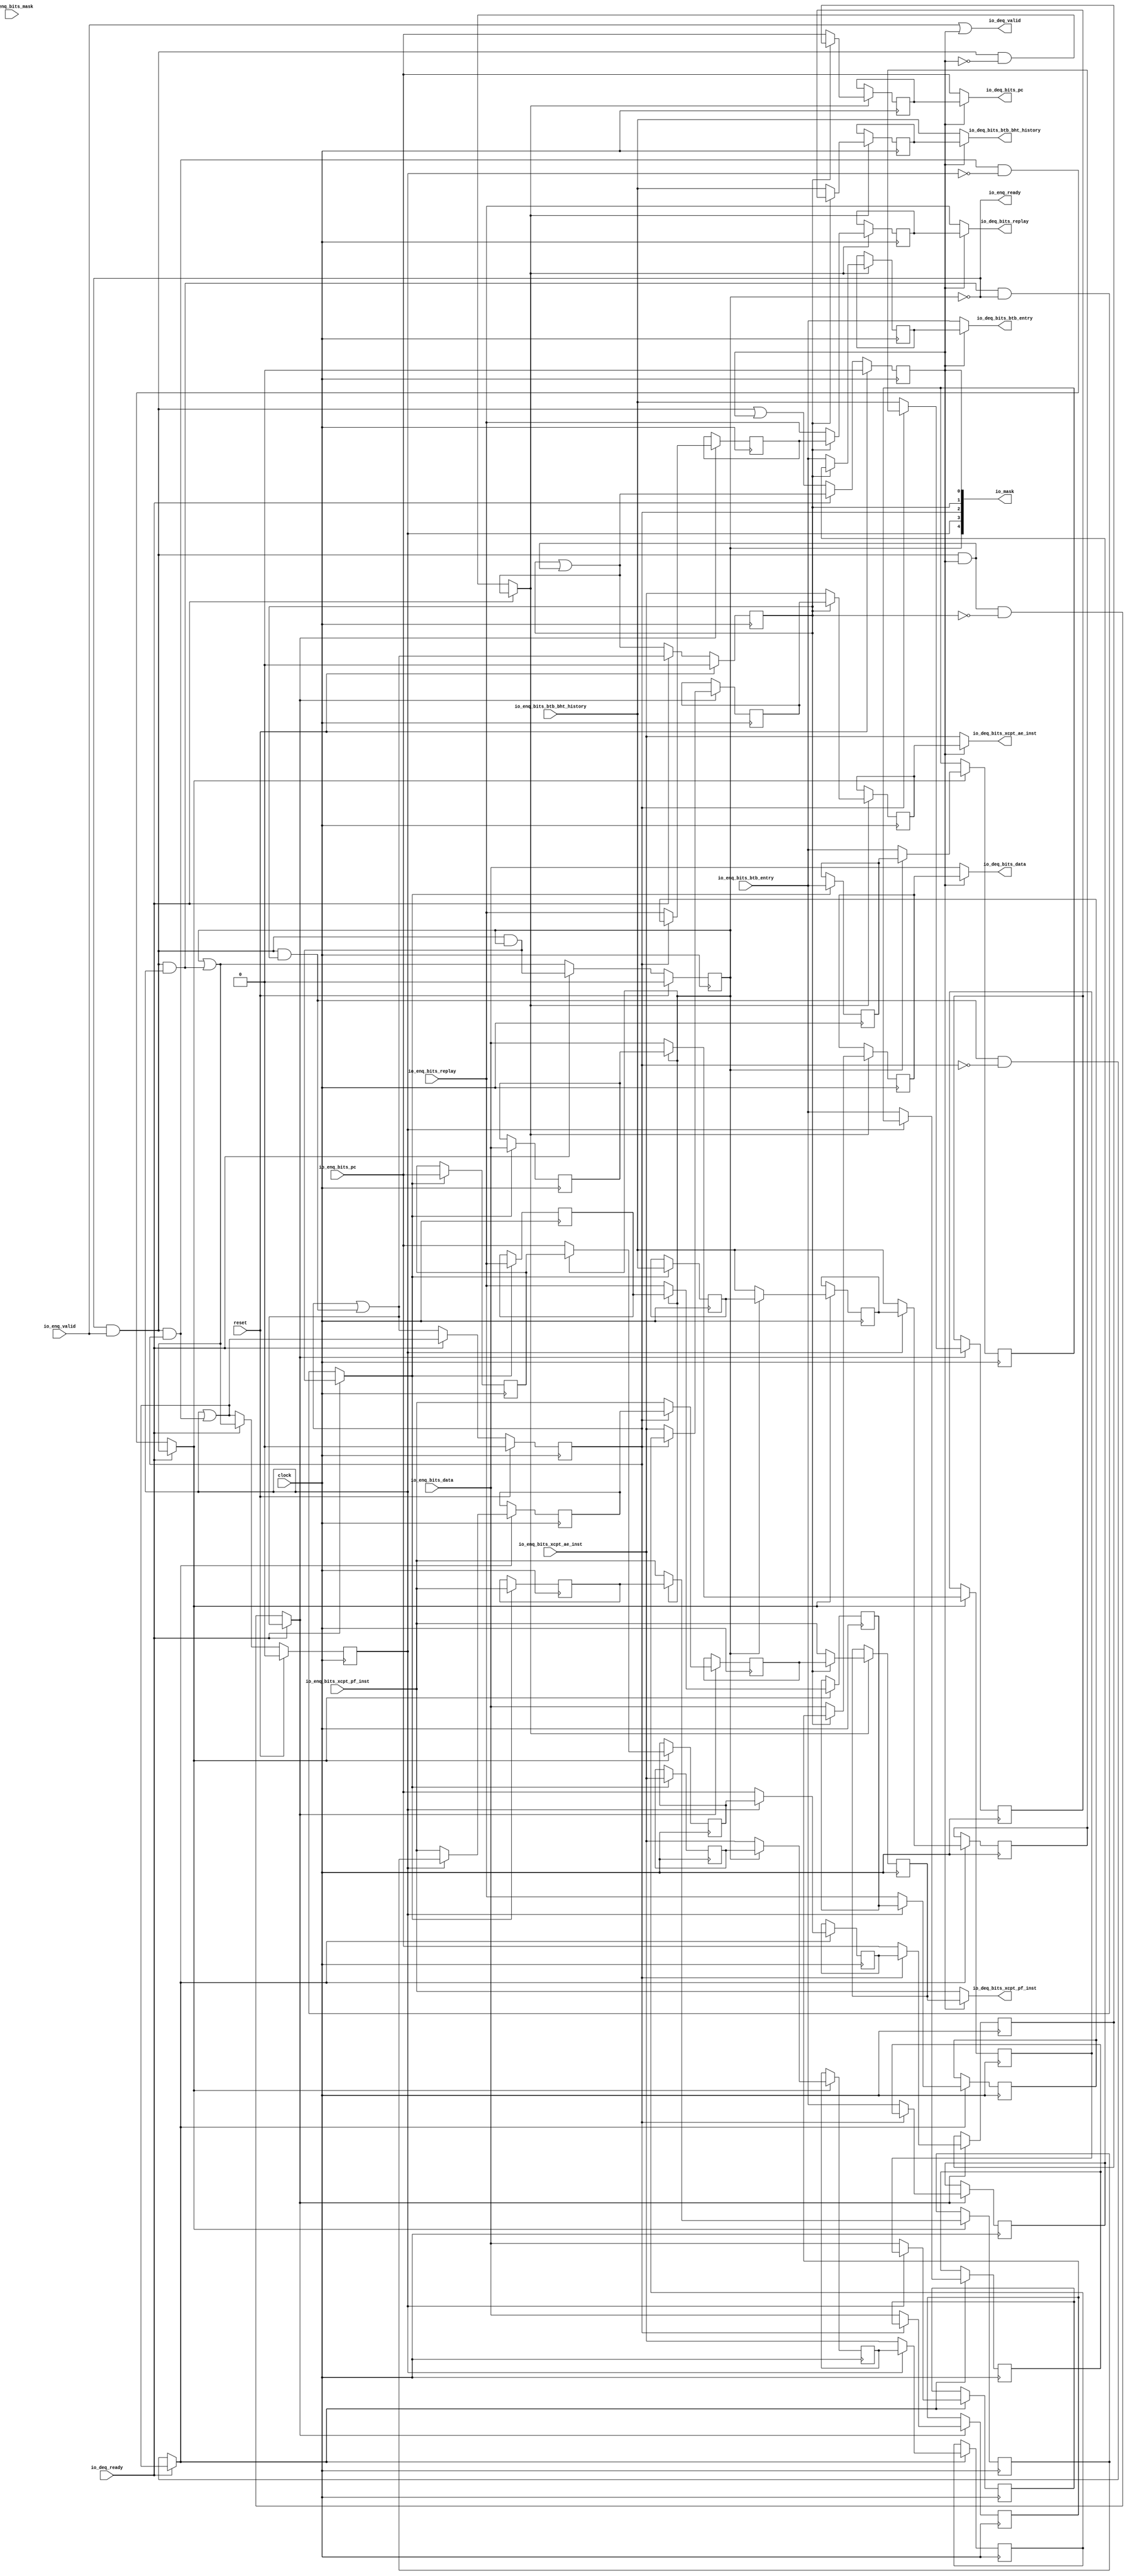
module ShiftQueue( // @[:freechips.rocketchip.system.DefaultRV32Config.fir@196892.2]
  input         clock, // @[:freechips.rocketchip.system.DefaultRV32Config.fir@196893.4]
  input         reset, // @[:freechips.rocketchip.system.DefaultRV32Config.fir@196894.4]
  output        io_enq_ready, // @[:freechips.rocketchip.system.DefaultRV32Config.fir@196895.4]
  input         io_enq_valid, // @[:freechips.rocketchip.system.DefaultRV32Config.fir@196895.4]
  input  [4:0]  io_enq_bits_btb_entry, // @[:freechips.rocketchip.system.DefaultRV32Config.fir@196895.4]
  input  [7:0]  io_enq_bits_btb_bht_history, // @[:freechips.rocketchip.system.DefaultRV32Config.fir@196895.4]
  input  [31:0] io_enq_bits_pc, // @[:freechips.rocketchip.system.DefaultRV32Config.fir@196895.4]
  input  [31:0] io_enq_bits_data, // @[:freechips.rocketchip.system.DefaultRV32Config.fir@196895.4]
  input         io_enq_bits_mask, // @[:freechips.rocketchip.system.DefaultRV32Config.fir@196895.4]
  input         io_enq_bits_xcpt_pf_inst, // @[:freechips.rocketchip.system.DefaultRV32Config.fir@196895.4]
  input         io_enq_bits_xcpt_ae_inst, // @[:freechips.rocketchip.system.DefaultRV32Config.fir@196895.4]
  input         io_enq_bits_replay, // @[:freechips.rocketchip.system.DefaultRV32Config.fir@196895.4]
  input         io_deq_ready, // @[:freechips.rocketchip.system.DefaultRV32Config.fir@196895.4]
  output        io_deq_valid, // @[:freechips.rocketchip.system.DefaultRV32Config.fir@196895.4]
  output [4:0]  io_deq_bits_btb_entry, // @[:freechips.rocketchip.system.DefaultRV32Config.fir@196895.4]
  output [7:0]  io_deq_bits_btb_bht_history, // @[:freechips.rocketchip.system.DefaultRV32Config.fir@196895.4]
  output [31:0] io_deq_bits_pc, // @[:freechips.rocketchip.system.DefaultRV32Config.fir@196895.4]
  output [31:0] io_deq_bits_data, // @[:freechips.rocketchip.system.DefaultRV32Config.fir@196895.4]
  output        io_deq_bits_xcpt_pf_inst, // @[:freechips.rocketchip.system.DefaultRV32Config.fir@196895.4]
  output        io_deq_bits_xcpt_ae_inst, // @[:freechips.rocketchip.system.DefaultRV32Config.fir@196895.4]
  output        io_deq_bits_replay, // @[:freechips.rocketchip.system.DefaultRV32Config.fir@196895.4]
  output [4:0]  io_mask // @[:freechips.rocketchip.system.DefaultRV32Config.fir@196895.4]
);
`ifdef RANDOMIZE_REG_INIT
  reg [31:0] _RAND_0;
  reg [31:0] _RAND_1;
  reg [31:0] _RAND_2;
  reg [31:0] _RAND_3;
  reg [31:0] _RAND_4;
  reg [31:0] _RAND_5;
  reg [31:0] _RAND_6;
  reg [31:0] _RAND_7;
  reg [31:0] _RAND_8;
  reg [31:0] _RAND_9;
  reg [31:0] _RAND_10;
  reg [31:0] _RAND_11;
  reg [31:0] _RAND_12;
  reg [31:0] _RAND_13;
  reg [31:0] _RAND_14;
  reg [31:0] _RAND_15;
  reg [31:0] _RAND_16;
  reg [31:0] _RAND_17;
  reg [31:0] _RAND_18;
  reg [31:0] _RAND_19;
  reg [31:0] _RAND_20;
  reg [31:0] _RAND_21;
  reg [31:0] _RAND_22;
  reg [31:0] _RAND_23;
  reg [31:0] _RAND_24;
  reg [31:0] _RAND_25;
  reg [31:0] _RAND_26;
  reg [31:0] _RAND_27;
  reg [31:0] _RAND_28;
  reg [31:0] _RAND_29;
  reg [31:0] _RAND_30;
  reg [31:0] _RAND_31;
  reg [31:0] _RAND_32;
  reg [31:0] _RAND_33;
  reg [31:0] _RAND_34;
  reg [31:0] _RAND_35;
  reg [31:0] _RAND_36;
  reg [31:0] _RAND_37;
  reg [31:0] _RAND_38;
  reg [31:0] _RAND_39;
`endif // RANDOMIZE_REG_INIT
  reg  _T_1_0; // @[ShiftQueue.scala 21:30:freechips.rocketchip.system.DefaultRV32Config.fir@196903.4]
  reg  _T_1_1; // @[ShiftQueue.scala 21:30:freechips.rocketchip.system.DefaultRV32Config.fir@196903.4]
  reg  _T_1_2; // @[ShiftQueue.scala 21:30:freechips.rocketchip.system.DefaultRV32Config.fir@196903.4]
  reg  _T_1_3; // @[ShiftQueue.scala 21:30:freechips.rocketchip.system.DefaultRV32Config.fir@196903.4]
  reg  _T_1_4; // @[ShiftQueue.scala 21:30:freechips.rocketchip.system.DefaultRV32Config.fir@196903.4]
  reg [4:0] _T_2_0_btb_entry; // @[ShiftQueue.scala 22:25:freechips.rocketchip.system.DefaultRV32Config.fir@196904.4]
  reg [7:0] _T_2_0_btb_bht_history; // @[ShiftQueue.scala 22:25:freechips.rocketchip.system.DefaultRV32Config.fir@196904.4]
  reg [31:0] _T_2_0_pc; // @[ShiftQueue.scala 22:25:freechips.rocketchip.system.DefaultRV32Config.fir@196904.4]
  reg [31:0] _T_2_0_data; // @[ShiftQueue.scala 22:25:freechips.rocketchip.system.DefaultRV32Config.fir@196904.4]
  reg  _T_2_0_xcpt_pf_inst; // @[ShiftQueue.scala 22:25:freechips.rocketchip.system.DefaultRV32Config.fir@196904.4]
  reg  _T_2_0_xcpt_ae_inst; // @[ShiftQueue.scala 22:25:freechips.rocketchip.system.DefaultRV32Config.fir@196904.4]
  reg  _T_2_0_replay; // @[ShiftQueue.scala 22:25:freechips.rocketchip.system.DefaultRV32Config.fir@196904.4]
  reg [4:0] _T_2_1_btb_entry; // @[ShiftQueue.scala 22:25:freechips.rocketchip.system.DefaultRV32Config.fir@196904.4]
  reg [7:0] _T_2_1_btb_bht_history; // @[ShiftQueue.scala 22:25:freechips.rocketchip.system.DefaultRV32Config.fir@196904.4]
  reg [31:0] _T_2_1_pc; // @[ShiftQueue.scala 22:25:freechips.rocketchip.system.DefaultRV32Config.fir@196904.4]
  reg [31:0] _T_2_1_data; // @[ShiftQueue.scala 22:25:freechips.rocketchip.system.DefaultRV32Config.fir@196904.4]
  reg  _T_2_1_xcpt_pf_inst; // @[ShiftQueue.scala 22:25:freechips.rocketchip.system.DefaultRV32Config.fir@196904.4]
  reg  _T_2_1_xcpt_ae_inst; // @[ShiftQueue.scala 22:25:freechips.rocketchip.system.DefaultRV32Config.fir@196904.4]
  reg  _T_2_1_replay; // @[ShiftQueue.scala 22:25:freechips.rocketchip.system.DefaultRV32Config.fir@196904.4]
  reg [4:0] _T_2_2_btb_entry; // @[ShiftQueue.scala 22:25:freechips.rocketchip.system.DefaultRV32Config.fir@196904.4]
  reg [7:0] _T_2_2_btb_bht_history; // @[ShiftQueue.scala 22:25:freechips.rocketchip.system.DefaultRV32Config.fir@196904.4]
  reg [31:0] _T_2_2_pc; // @[ShiftQueue.scala 22:25:freechips.rocketchip.system.DefaultRV32Config.fir@196904.4]
  reg [31:0] _T_2_2_data; // @[ShiftQueue.scala 22:25:freechips.rocketchip.system.DefaultRV32Config.fir@196904.4]
  reg  _T_2_2_xcpt_pf_inst; // @[ShiftQueue.scala 22:25:freechips.rocketchip.system.DefaultRV32Config.fir@196904.4]
  reg  _T_2_2_xcpt_ae_inst; // @[ShiftQueue.scala 22:25:freechips.rocketchip.system.DefaultRV32Config.fir@196904.4]
  reg  _T_2_2_replay; // @[ShiftQueue.scala 22:25:freechips.rocketchip.system.DefaultRV32Config.fir@196904.4]
  reg [4:0] _T_2_3_btb_entry; // @[ShiftQueue.scala 22:25:freechips.rocketchip.system.DefaultRV32Config.fir@196904.4]
  reg [7:0] _T_2_3_btb_bht_history; // @[ShiftQueue.scala 22:25:freechips.rocketchip.system.DefaultRV32Config.fir@196904.4]
  reg [31:0] _T_2_3_pc; // @[ShiftQueue.scala 22:25:freechips.rocketchip.system.DefaultRV32Config.fir@196904.4]
  reg [31:0] _T_2_3_data; // @[ShiftQueue.scala 22:25:freechips.rocketchip.system.DefaultRV32Config.fir@196904.4]
  reg  _T_2_3_xcpt_pf_inst; // @[ShiftQueue.scala 22:25:freechips.rocketchip.system.DefaultRV32Config.fir@196904.4]
  reg  _T_2_3_xcpt_ae_inst; // @[ShiftQueue.scala 22:25:freechips.rocketchip.system.DefaultRV32Config.fir@196904.4]
  reg  _T_2_3_replay; // @[ShiftQueue.scala 22:25:freechips.rocketchip.system.DefaultRV32Config.fir@196904.4]
  reg [4:0] _T_2_4_btb_entry; // @[ShiftQueue.scala 22:25:freechips.rocketchip.system.DefaultRV32Config.fir@196904.4]
  reg [7:0] _T_2_4_btb_bht_history; // @[ShiftQueue.scala 22:25:freechips.rocketchip.system.DefaultRV32Config.fir@196904.4]
  reg [31:0] _T_2_4_pc; // @[ShiftQueue.scala 22:25:freechips.rocketchip.system.DefaultRV32Config.fir@196904.4]
  reg [31:0] _T_2_4_data; // @[ShiftQueue.scala 22:25:freechips.rocketchip.system.DefaultRV32Config.fir@196904.4]
  reg  _T_2_4_xcpt_pf_inst; // @[ShiftQueue.scala 22:25:freechips.rocketchip.system.DefaultRV32Config.fir@196904.4]
  reg  _T_2_4_xcpt_ae_inst; // @[ShiftQueue.scala 22:25:freechips.rocketchip.system.DefaultRV32Config.fir@196904.4]
  reg  _T_2_4_replay; // @[ShiftQueue.scala 22:25:freechips.rocketchip.system.DefaultRV32Config.fir@196904.4]
  wire  _T_4; // @[Decoupled.scala 40:37:freechips.rocketchip.system.DefaultRV32Config.fir@196906.4]
  wire  _T_6; // @[ShiftQueue.scala 30:45:freechips.rocketchip.system.DefaultRV32Config.fir@196908.4]
  wire  _T_7; // @[ShiftQueue.scala 30:28:freechips.rocketchip.system.DefaultRV32Config.fir@196909.4]
  wire  _T_10; // @[ShiftQueue.scala 31:48:freechips.rocketchip.system.DefaultRV32Config.fir@196912.4]
  wire  _T_11; // @[ShiftQueue.scala 31:45:freechips.rocketchip.system.DefaultRV32Config.fir@196913.4]
  wire  _T_12; // @[ShiftQueue.scala 29:10:freechips.rocketchip.system.DefaultRV32Config.fir@196914.4]
  wire  _T_19; // @[ShiftQueue.scala 37:45:freechips.rocketchip.system.DefaultRV32Config.fir@196937.4]
  wire  _T_24; // @[ShiftQueue.scala 30:45:freechips.rocketchip.system.DefaultRV32Config.fir@196943.4]
  wire  _T_25; // @[ShiftQueue.scala 30:28:freechips.rocketchip.system.DefaultRV32Config.fir@196944.4]
  wire  _T_28; // @[ShiftQueue.scala 31:48:freechips.rocketchip.system.DefaultRV32Config.fir@196947.4]
  wire  _T_29; // @[ShiftQueue.scala 31:45:freechips.rocketchip.system.DefaultRV32Config.fir@196948.4]
  wire  _T_30; // @[ShiftQueue.scala 29:10:freechips.rocketchip.system.DefaultRV32Config.fir@196949.4]
  wire  _T_37; // @[ShiftQueue.scala 37:45:freechips.rocketchip.system.DefaultRV32Config.fir@196972.4]
  wire  _T_42; // @[ShiftQueue.scala 30:45:freechips.rocketchip.system.DefaultRV32Config.fir@196978.4]
  wire  _T_43; // @[ShiftQueue.scala 30:28:freechips.rocketchip.system.DefaultRV32Config.fir@196979.4]
  wire  _T_46; // @[ShiftQueue.scala 31:48:freechips.rocketchip.system.DefaultRV32Config.fir@196982.4]
  wire  _T_47; // @[ShiftQueue.scala 31:45:freechips.rocketchip.system.DefaultRV32Config.fir@196983.4]
  wire  _T_48; // @[ShiftQueue.scala 29:10:freechips.rocketchip.system.DefaultRV32Config.fir@196984.4]
  wire  _T_55; // @[ShiftQueue.scala 37:45:freechips.rocketchip.system.DefaultRV32Config.fir@197007.4]
  wire  _T_60; // @[ShiftQueue.scala 30:45:freechips.rocketchip.system.DefaultRV32Config.fir@197013.4]
  wire  _T_61; // @[ShiftQueue.scala 30:28:freechips.rocketchip.system.DefaultRV32Config.fir@197014.4]
  wire  _T_64; // @[ShiftQueue.scala 31:48:freechips.rocketchip.system.DefaultRV32Config.fir@197017.4]
  wire  _T_65; // @[ShiftQueue.scala 31:45:freechips.rocketchip.system.DefaultRV32Config.fir@197018.4]
  wire  _T_66; // @[ShiftQueue.scala 29:10:freechips.rocketchip.system.DefaultRV32Config.fir@197019.4]
  wire  _T_73; // @[ShiftQueue.scala 37:45:freechips.rocketchip.system.DefaultRV32Config.fir@197042.4]
  wire  _T_77; // @[ShiftQueue.scala 30:45:freechips.rocketchip.system.DefaultRV32Config.fir@197047.4]
  wire  _T_81; // @[ShiftQueue.scala 31:48:freechips.rocketchip.system.DefaultRV32Config.fir@197051.4]
  wire  _T_82; // @[ShiftQueue.scala 31:45:freechips.rocketchip.system.DefaultRV32Config.fir@197052.4]
  wire  _T_83; // @[ShiftQueue.scala 29:10:freechips.rocketchip.system.DefaultRV32Config.fir@197053.4]
  wire  _T_90; // @[ShiftQueue.scala 37:45:freechips.rocketchip.system.DefaultRV32Config.fir@197076.4]
  wire [1:0] _T_94; // @[ShiftQueue.scala 53:20:freechips.rocketchip.system.DefaultRV32Config.fir@197116.4]
  wire [2:0] _T_96; // @[ShiftQueue.scala 53:20:freechips.rocketchip.system.DefaultRV32Config.fir@197118.4]
  assign _T_4 = io_enq_ready & io_enq_valid; // @[Decoupled.scala 40:37:freechips.rocketchip.system.DefaultRV32Config.fir@196906.4]
  assign _T_6 = _T_4 & _T_1_0; // @[ShiftQueue.scala 30:45:freechips.rocketchip.system.DefaultRV32Config.fir@196908.4]
  assign _T_7 = _T_1_1 | _T_6; // @[ShiftQueue.scala 30:28:freechips.rocketchip.system.DefaultRV32Config.fir@196909.4]
  assign _T_10 = ~_T_1_0; // @[ShiftQueue.scala 31:48:freechips.rocketchip.system.DefaultRV32Config.fir@196912.4]
  assign _T_11 = _T_4 & _T_10; // @[ShiftQueue.scala 31:45:freechips.rocketchip.system.DefaultRV32Config.fir@196913.4]
  assign _T_12 = io_deq_ready ? _T_7 : _T_11; // @[ShiftQueue.scala 29:10:freechips.rocketchip.system.DefaultRV32Config.fir@196914.4]
  assign _T_19 = _T_4 | _T_1_0; // @[ShiftQueue.scala 37:45:freechips.rocketchip.system.DefaultRV32Config.fir@196937.4]
  assign _T_24 = _T_4 & _T_1_1; // @[ShiftQueue.scala 30:45:freechips.rocketchip.system.DefaultRV32Config.fir@196943.4]
  assign _T_25 = _T_1_2 | _T_24; // @[ShiftQueue.scala 30:28:freechips.rocketchip.system.DefaultRV32Config.fir@196944.4]
  assign _T_28 = ~_T_1_1; // @[ShiftQueue.scala 31:48:freechips.rocketchip.system.DefaultRV32Config.fir@196947.4]
  assign _T_29 = _T_6 & _T_28; // @[ShiftQueue.scala 31:45:freechips.rocketchip.system.DefaultRV32Config.fir@196948.4]
  assign _T_30 = io_deq_ready ? _T_25 : _T_29; // @[ShiftQueue.scala 29:10:freechips.rocketchip.system.DefaultRV32Config.fir@196949.4]
  assign _T_37 = _T_6 | _T_1_1; // @[ShiftQueue.scala 37:45:freechips.rocketchip.system.DefaultRV32Config.fir@196972.4]
  assign _T_42 = _T_4 & _T_1_2; // @[ShiftQueue.scala 30:45:freechips.rocketchip.system.DefaultRV32Config.fir@196978.4]
  assign _T_43 = _T_1_3 | _T_42; // @[ShiftQueue.scala 30:28:freechips.rocketchip.system.DefaultRV32Config.fir@196979.4]
  assign _T_46 = ~_T_1_2; // @[ShiftQueue.scala 31:48:freechips.rocketchip.system.DefaultRV32Config.fir@196982.4]
  assign _T_47 = _T_24 & _T_46; // @[ShiftQueue.scala 31:45:freechips.rocketchip.system.DefaultRV32Config.fir@196983.4]
  assign _T_48 = io_deq_ready ? _T_43 : _T_47; // @[ShiftQueue.scala 29:10:freechips.rocketchip.system.DefaultRV32Config.fir@196984.4]
  assign _T_55 = _T_24 | _T_1_2; // @[ShiftQueue.scala 37:45:freechips.rocketchip.system.DefaultRV32Config.fir@197007.4]
  assign _T_60 = _T_4 & _T_1_3; // @[ShiftQueue.scala 30:45:freechips.rocketchip.system.DefaultRV32Config.fir@197013.4]
  assign _T_61 = _T_1_4 | _T_60; // @[ShiftQueue.scala 30:28:freechips.rocketchip.system.DefaultRV32Config.fir@197014.4]
  assign _T_64 = ~_T_1_3; // @[ShiftQueue.scala 31:48:freechips.rocketchip.system.DefaultRV32Config.fir@197017.4]
  assign _T_65 = _T_42 & _T_64; // @[ShiftQueue.scala 31:45:freechips.rocketchip.system.DefaultRV32Config.fir@197018.4]
  assign _T_66 = io_deq_ready ? _T_61 : _T_65; // @[ShiftQueue.scala 29:10:freechips.rocketchip.system.DefaultRV32Config.fir@197019.4]
  assign _T_73 = _T_42 | _T_1_3; // @[ShiftQueue.scala 37:45:freechips.rocketchip.system.DefaultRV32Config.fir@197042.4]
  assign _T_77 = _T_4 & _T_1_4; // @[ShiftQueue.scala 30:45:freechips.rocketchip.system.DefaultRV32Config.fir@197047.4]
  assign _T_81 = ~_T_1_4; // @[ShiftQueue.scala 31:48:freechips.rocketchip.system.DefaultRV32Config.fir@197051.4]
  assign _T_82 = _T_60 & _T_81; // @[ShiftQueue.scala 31:45:freechips.rocketchip.system.DefaultRV32Config.fir@197052.4]
  assign _T_83 = io_deq_ready ? _T_77 : _T_82; // @[ShiftQueue.scala 29:10:freechips.rocketchip.system.DefaultRV32Config.fir@197053.4]
  assign _T_90 = _T_60 | _T_1_4; // @[ShiftQueue.scala 37:45:freechips.rocketchip.system.DefaultRV32Config.fir@197076.4]
  assign _T_94 = {_T_1_1,_T_1_0}; // @[ShiftQueue.scala 53:20:freechips.rocketchip.system.DefaultRV32Config.fir@197116.4]
  assign _T_96 = {_T_1_4,_T_1_3,_T_1_2}; // @[ShiftQueue.scala 53:20:freechips.rocketchip.system.DefaultRV32Config.fir@197118.4]
  assign io_enq_ready = ~_T_1_4; // @[ShiftQueue.scala 40:16:freechips.rocketchip.system.DefaultRV32Config.fir@197080.4]
  assign io_deq_valid = io_enq_valid | _T_1_0; // @[ShiftQueue.scala 41:16:freechips.rocketchip.system.DefaultRV32Config.fir@197081.4 ShiftQueue.scala 45:40:freechips.rocketchip.system.DefaultRV32Config.fir@197097.6]
  assign io_deq_bits_btb_entry = _T_10 ? io_enq_bits_btb_entry : _T_2_0_btb_entry; // @[ShiftQueue.scala 42:15:freechips.rocketchip.system.DefaultRV32Config.fir@197090.4 ShiftQueue.scala 46:36:freechips.rocketchip.system.DefaultRV32Config.fir@197109.6]
  assign io_deq_bits_btb_bht_history = _T_10 ? io_enq_bits_btb_bht_history : _T_2_0_btb_bht_history; // @[ShiftQueue.scala 42:15:freechips.rocketchip.system.DefaultRV32Config.fir@197089.4 ShiftQueue.scala 46:36:freechips.rocketchip.system.DefaultRV32Config.fir@197108.6]
  assign io_deq_bits_pc = _T_10 ? io_enq_bits_pc : _T_2_0_pc; // @[ShiftQueue.scala 42:15:freechips.rocketchip.system.DefaultRV32Config.fir@197087.4 ShiftQueue.scala 46:36:freechips.rocketchip.system.DefaultRV32Config.fir@197106.6]
  assign io_deq_bits_data = _T_10 ? io_enq_bits_data : _T_2_0_data; // @[ShiftQueue.scala 42:15:freechips.rocketchip.system.DefaultRV32Config.fir@197086.4 ShiftQueue.scala 46:36:freechips.rocketchip.system.DefaultRV32Config.fir@197105.6]
  assign io_deq_bits_xcpt_pf_inst = _T_10 ? io_enq_bits_xcpt_pf_inst : _T_2_0_xcpt_pf_inst; // @[ShiftQueue.scala 42:15:freechips.rocketchip.system.DefaultRV32Config.fir@197084.4 ShiftQueue.scala 46:36:freechips.rocketchip.system.DefaultRV32Config.fir@197103.6]
  assign io_deq_bits_xcpt_ae_inst = _T_10 ? io_enq_bits_xcpt_ae_inst : _T_2_0_xcpt_ae_inst; // @[ShiftQueue.scala 42:15:freechips.rocketchip.system.DefaultRV32Config.fir@197083.4 ShiftQueue.scala 46:36:freechips.rocketchip.system.DefaultRV32Config.fir@197102.6]
  assign io_deq_bits_replay = _T_10 ? io_enq_bits_replay : _T_2_0_replay; // @[ShiftQueue.scala 42:15:freechips.rocketchip.system.DefaultRV32Config.fir@197082.4 ShiftQueue.scala 46:36:freechips.rocketchip.system.DefaultRV32Config.fir@197101.6]
  assign io_mask = {_T_96,_T_94}; // @[ShiftQueue.scala 53:11:freechips.rocketchip.system.DefaultRV32Config.fir@197120.4]
`ifdef RANDOMIZE_GARBAGE_ASSIGN
`define RANDOMIZE
`endif
`ifdef RANDOMIZE_INVALID_ASSIGN
`define RANDOMIZE
`endif
`ifdef RANDOMIZE_REG_INIT
`define RANDOMIZE
`endif
`ifdef RANDOMIZE_MEM_INIT
`define RANDOMIZE
`endif
`ifndef RANDOM
`define RANDOM $random
`endif
`ifdef RANDOMIZE_MEM_INIT
  integer initvar;
`endif
`ifndef SYNTHESIS
`ifdef FIRRTL_BEFORE_INITIAL
`FIRRTL_BEFORE_INITIAL
`endif
initial begin
  `ifdef RANDOMIZE
    `ifdef INIT_RANDOM
      `INIT_RANDOM
    `endif
    `ifndef VERILATOR
      `ifdef RANDOMIZE_DELAY
        #`RANDOMIZE_DELAY begin end
      `else
        #0.002 begin end
      `endif
    `endif
`ifdef RANDOMIZE_REG_INIT
  _RAND_0 = {1{`RANDOM}};
  _T_1_0 = _RAND_0[0:0];
  _RAND_1 = {1{`RANDOM}};
  _T_1_1 = _RAND_1[0:0];
  _RAND_2 = {1{`RANDOM}};
  _T_1_2 = _RAND_2[0:0];
  _RAND_3 = {1{`RANDOM}};
  _T_1_3 = _RAND_3[0:0];
  _RAND_4 = {1{`RANDOM}};
  _T_1_4 = _RAND_4[0:0];
  _RAND_5 = {1{`RANDOM}};
  _T_2_0_btb_entry = _RAND_5[4:0];
  _RAND_6 = {1{`RANDOM}};
  _T_2_0_btb_bht_history = _RAND_6[7:0];
  _RAND_7 = {1{`RANDOM}};
  _T_2_0_pc = _RAND_7[31:0];
  _RAND_8 = {1{`RANDOM}};
  _T_2_0_data = _RAND_8[31:0];
  _RAND_9 = {1{`RANDOM}};
  _T_2_0_xcpt_pf_inst = _RAND_9[0:0];
  _RAND_10 = {1{`RANDOM}};
  _T_2_0_xcpt_ae_inst = _RAND_10[0:0];
  _RAND_11 = {1{`RANDOM}};
  _T_2_0_replay = _RAND_11[0:0];
  _RAND_12 = {1{`RANDOM}};
  _T_2_1_btb_entry = _RAND_12[4:0];
  _RAND_13 = {1{`RANDOM}};
  _T_2_1_btb_bht_history = _RAND_13[7:0];
  _RAND_14 = {1{`RANDOM}};
  _T_2_1_pc = _RAND_14[31:0];
  _RAND_15 = {1{`RANDOM}};
  _T_2_1_data = _RAND_15[31:0];
  _RAND_16 = {1{`RANDOM}};
  _T_2_1_xcpt_pf_inst = _RAND_16[0:0];
  _RAND_17 = {1{`RANDOM}};
  _T_2_1_xcpt_ae_inst = _RAND_17[0:0];
  _RAND_18 = {1{`RANDOM}};
  _T_2_1_replay = _RAND_18[0:0];
  _RAND_19 = {1{`RANDOM}};
  _T_2_2_btb_entry = _RAND_19[4:0];
  _RAND_20 = {1{`RANDOM}};
  _T_2_2_btb_bht_history = _RAND_20[7:0];
  _RAND_21 = {1{`RANDOM}};
  _T_2_2_pc = _RAND_21[31:0];
  _RAND_22 = {1{`RANDOM}};
  _T_2_2_data = _RAND_22[31:0];
  _RAND_23 = {1{`RANDOM}};
  _T_2_2_xcpt_pf_inst = _RAND_23[0:0];
  _RAND_24 = {1{`RANDOM}};
  _T_2_2_xcpt_ae_inst = _RAND_24[0:0];
  _RAND_25 = {1{`RANDOM}};
  _T_2_2_replay = _RAND_25[0:0];
  _RAND_26 = {1{`RANDOM}};
  _T_2_3_btb_entry = _RAND_26[4:0];
  _RAND_27 = {1{`RANDOM}};
  _T_2_3_btb_bht_history = _RAND_27[7:0];
  _RAND_28 = {1{`RANDOM}};
  _T_2_3_pc = _RAND_28[31:0];
  _RAND_29 = {1{`RANDOM}};
  _T_2_3_data = _RAND_29[31:0];
  _RAND_30 = {1{`RANDOM}};
  _T_2_3_xcpt_pf_inst = _RAND_30[0:0];
  _RAND_31 = {1{`RANDOM}};
  _T_2_3_xcpt_ae_inst = _RAND_31[0:0];
  _RAND_32 = {1{`RANDOM}};
  _T_2_3_replay = _RAND_32[0:0];
  _RAND_33 = {1{`RANDOM}};
  _T_2_4_btb_entry = _RAND_33[4:0];
  _RAND_34 = {1{`RANDOM}};
  _T_2_4_btb_bht_history = _RAND_34[7:0];
  _RAND_35 = {1{`RANDOM}};
  _T_2_4_pc = _RAND_35[31:0];
  _RAND_36 = {1{`RANDOM}};
  _T_2_4_data = _RAND_36[31:0];
  _RAND_37 = {1{`RANDOM}};
  _T_2_4_xcpt_pf_inst = _RAND_37[0:0];
  _RAND_38 = {1{`RANDOM}};
  _T_2_4_xcpt_ae_inst = _RAND_38[0:0];
  _RAND_39 = {1{`RANDOM}};
  _T_2_4_replay = _RAND_39[0:0];
`endif // RANDOMIZE_REG_INIT
  `endif // RANDOMIZE
end // initial
`ifdef FIRRTL_AFTER_INITIAL
`FIRRTL_AFTER_INITIAL
`endif
`endif // SYNTHESIS
  always @(posedge clock) begin
    if (reset) begin
      _T_1_0 <= 1'h0;
    end else if (io_deq_ready) begin
      _T_1_0 <= _T_7;
    end else begin
      _T_1_0 <= _T_19;
    end
    if (reset) begin
      _T_1_1 <= 1'h0;
    end else if (io_deq_ready) begin
      _T_1_1 <= _T_25;
    end else begin
      _T_1_1 <= _T_37;
    end
    if (reset) begin
      _T_1_2 <= 1'h0;
    end else if (io_deq_ready) begin
      _T_1_2 <= _T_43;
    end else begin
      _T_1_2 <= _T_55;
    end
    if (reset) begin
      _T_1_3 <= 1'h0;
    end else if (io_deq_ready) begin
      _T_1_3 <= _T_61;
    end else begin
      _T_1_3 <= _T_73;
    end
    if (reset) begin
      _T_1_4 <= 1'h0;
    end else if (io_deq_ready) begin
      _T_1_4 <= _T_77;
    end else begin
      _T_1_4 <= _T_90;
    end
    if (_T_12) begin
      if (_T_1_1) begin
        _T_2_0_btb_entry <= _T_2_1_btb_entry;
      end else begin
        _T_2_0_btb_entry <= io_enq_bits_btb_entry;
      end
    end
    if (_T_12) begin
      if (_T_1_1) begin
        _T_2_0_btb_bht_history <= _T_2_1_btb_bht_history;
      end else begin
        _T_2_0_btb_bht_history <= io_enq_bits_btb_bht_history;
      end
    end
    if (_T_12) begin
      if (_T_1_1) begin
        _T_2_0_pc <= _T_2_1_pc;
      end else begin
        _T_2_0_pc <= io_enq_bits_pc;
      end
    end
    if (_T_12) begin
      if (_T_1_1) begin
        _T_2_0_data <= _T_2_1_data;
      end else begin
        _T_2_0_data <= io_enq_bits_data;
      end
    end
    if (_T_12) begin
      if (_T_1_1) begin
        _T_2_0_xcpt_pf_inst <= _T_2_1_xcpt_pf_inst;
      end else begin
        _T_2_0_xcpt_pf_inst <= io_enq_bits_xcpt_pf_inst;
      end
    end
    if (_T_12) begin
      if (_T_1_1) begin
        _T_2_0_xcpt_ae_inst <= _T_2_1_xcpt_ae_inst;
      end else begin
        _T_2_0_xcpt_ae_inst <= io_enq_bits_xcpt_ae_inst;
      end
    end
    if (_T_12) begin
      if (_T_1_1) begin
        _T_2_0_replay <= _T_2_1_replay;
      end else begin
        _T_2_0_replay <= io_enq_bits_replay;
      end
    end
    if (_T_30) begin
      if (_T_1_2) begin
        _T_2_1_btb_entry <= _T_2_2_btb_entry;
      end else begin
        _T_2_1_btb_entry <= io_enq_bits_btb_entry;
      end
    end
    if (_T_30) begin
      if (_T_1_2) begin
        _T_2_1_btb_bht_history <= _T_2_2_btb_bht_history;
      end else begin
        _T_2_1_btb_bht_history <= io_enq_bits_btb_bht_history;
      end
    end
    if (_T_30) begin
      if (_T_1_2) begin
        _T_2_1_pc <= _T_2_2_pc;
      end else begin
        _T_2_1_pc <= io_enq_bits_pc;
      end
    end
    if (_T_30) begin
      if (_T_1_2) begin
        _T_2_1_data <= _T_2_2_data;
      end else begin
        _T_2_1_data <= io_enq_bits_data;
      end
    end
    if (_T_30) begin
      if (_T_1_2) begin
        _T_2_1_xcpt_pf_inst <= _T_2_2_xcpt_pf_inst;
      end else begin
        _T_2_1_xcpt_pf_inst <= io_enq_bits_xcpt_pf_inst;
      end
    end
    if (_T_30) begin
      if (_T_1_2) begin
        _T_2_1_xcpt_ae_inst <= _T_2_2_xcpt_ae_inst;
      end else begin
        _T_2_1_xcpt_ae_inst <= io_enq_bits_xcpt_ae_inst;
      end
    end
    if (_T_30) begin
      if (_T_1_2) begin
        _T_2_1_replay <= _T_2_2_replay;
      end else begin
        _T_2_1_replay <= io_enq_bits_replay;
      end
    end
    if (_T_48) begin
      if (_T_1_3) begin
        _T_2_2_btb_entry <= _T_2_3_btb_entry;
      end else begin
        _T_2_2_btb_entry <= io_enq_bits_btb_entry;
      end
    end
    if (_T_48) begin
      if (_T_1_3) begin
        _T_2_2_btb_bht_history <= _T_2_3_btb_bht_history;
      end else begin
        _T_2_2_btb_bht_history <= io_enq_bits_btb_bht_history;
      end
    end
    if (_T_48) begin
      if (_T_1_3) begin
        _T_2_2_pc <= _T_2_3_pc;
      end else begin
        _T_2_2_pc <= io_enq_bits_pc;
      end
    end
    if (_T_48) begin
      if (_T_1_3) begin
        _T_2_2_data <= _T_2_3_data;
      end else begin
        _T_2_2_data <= io_enq_bits_data;
      end
    end
    if (_T_48) begin
      if (_T_1_3) begin
        _T_2_2_xcpt_pf_inst <= _T_2_3_xcpt_pf_inst;
      end else begin
        _T_2_2_xcpt_pf_inst <= io_enq_bits_xcpt_pf_inst;
      end
    end
    if (_T_48) begin
      if (_T_1_3) begin
        _T_2_2_xcpt_ae_inst <= _T_2_3_xcpt_ae_inst;
      end else begin
        _T_2_2_xcpt_ae_inst <= io_enq_bits_xcpt_ae_inst;
      end
    end
    if (_T_48) begin
      if (_T_1_3) begin
        _T_2_2_replay <= _T_2_3_replay;
      end else begin
        _T_2_2_replay <= io_enq_bits_replay;
      end
    end
    if (_T_66) begin
      if (_T_1_4) begin
        _T_2_3_btb_entry <= _T_2_4_btb_entry;
      end else begin
        _T_2_3_btb_entry <= io_enq_bits_btb_entry;
      end
    end
    if (_T_66) begin
      if (_T_1_4) begin
        _T_2_3_btb_bht_history <= _T_2_4_btb_bht_history;
      end else begin
        _T_2_3_btb_bht_history <= io_enq_bits_btb_bht_history;
      end
    end
    if (_T_66) begin
      if (_T_1_4) begin
        _T_2_3_pc <= _T_2_4_pc;
      end else begin
        _T_2_3_pc <= io_enq_bits_pc;
      end
    end
    if (_T_66) begin
      if (_T_1_4) begin
        _T_2_3_data <= _T_2_4_data;
      end else begin
        _T_2_3_data <= io_enq_bits_data;
      end
    end
    if (_T_66) begin
      if (_T_1_4) begin
        _T_2_3_xcpt_pf_inst <= _T_2_4_xcpt_pf_inst;
      end else begin
        _T_2_3_xcpt_pf_inst <= io_enq_bits_xcpt_pf_inst;
      end
    end
    if (_T_66) begin
      if (_T_1_4) begin
        _T_2_3_xcpt_ae_inst <= _T_2_4_xcpt_ae_inst;
      end else begin
        _T_2_3_xcpt_ae_inst <= io_enq_bits_xcpt_ae_inst;
      end
    end
    if (_T_66) begin
      if (_T_1_4) begin
        _T_2_3_replay <= _T_2_4_replay;
      end else begin
        _T_2_3_replay <= io_enq_bits_replay;
      end
    end
    if (_T_83) begin
      _T_2_4_btb_entry <= io_enq_bits_btb_entry;
    end
    if (_T_83) begin
      _T_2_4_btb_bht_history <= io_enq_bits_btb_bht_history;
    end
    if (_T_83) begin
      _T_2_4_pc <= io_enq_bits_pc;
    end
    if (_T_83) begin
      _T_2_4_data <= io_enq_bits_data;
    end
    if (_T_83) begin
      _T_2_4_xcpt_pf_inst <= io_enq_bits_xcpt_pf_inst;
    end
    if (_T_83) begin
      _T_2_4_xcpt_ae_inst <= io_enq_bits_xcpt_ae_inst;
    end
    if (_T_83) begin
      _T_2_4_replay <= io_enq_bits_replay;
    end
  end
endmodule